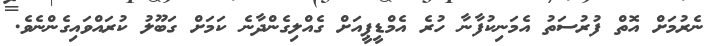
ނެރުމަށް އޮތް ފުރުސަތު އެމަނިކުފާނާ ހުރެ އެމްޑީޕީއަށް ގެއްލިގެންދާނެ ކަމަށް ގަބޫލު ކުރައްވައިގެންނެވެ.